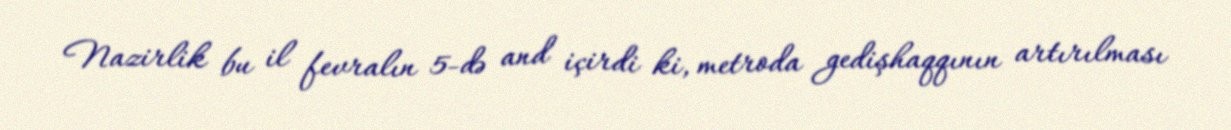
Nazirlik bu il fevralın 5-də and içirdi ki, metroda gedişhaqqının artırılması